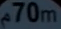
70m